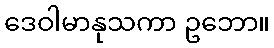
ဒေဝါမာနုသကာ ဥဘော။